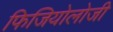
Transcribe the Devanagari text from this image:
फिजियोलोजी